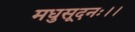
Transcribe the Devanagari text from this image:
मधुसूदनः।।